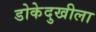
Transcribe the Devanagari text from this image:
डोकेदुखीला